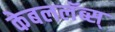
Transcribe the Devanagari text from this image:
केबललॅब्स्